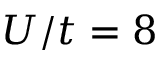
U / t = 8